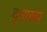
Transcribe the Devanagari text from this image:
दृष्यरूप